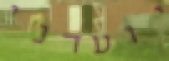
יועדני